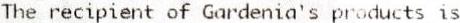
THE RECIPIENT OF GARDENIA'S PRODUCTS IS